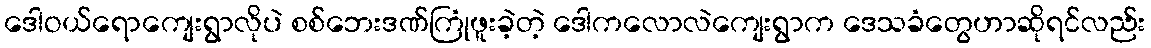
ဒေါဝယ်ရောကျေးရွာလိုပဲ စစ်ဘေးဒဏ်ကြုံဖူးခဲ့တဲ့ ဒေါကလောလဲကျေးရွာက ဒေသခံတွေဟာဆိုရင်လည်း